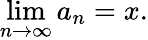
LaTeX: \operatorname*{lim}_{n\to\infty}a_{n}=x.